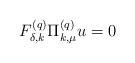
LaTeX: \begin{align*}F^{(q)}_{\delta,k}\Pi^{(q)}_{k,\mu}u=0\end{align*}